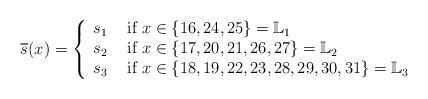
\begin{align*}\overline{s}(x)=\left\{\begin{array}{cl} s_1 & \mbox{ if } x\in\{16, 24, 25\} =\mathbb L_1 \\ s_2 & \mbox{ if } x \in \{17, 20, 21, 26, 27\}=\mathbb L_2\\ s_3 & \mbox{ if } x\in\{18, 19, 22, 23, 28, 29, 30, 31\}=\mathbb L_3\\\end{array}\right. \end{align*}